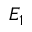
E _ { 1 }